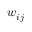
w _ { i j }